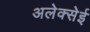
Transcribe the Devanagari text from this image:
अलेक्सेई